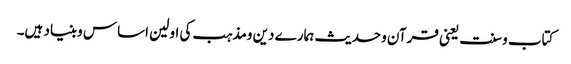
کتاب وسنت یعنی قرآن وحدیث ہمارے دین ومذہب کی اولین اساس وبنیاد ہیں۔